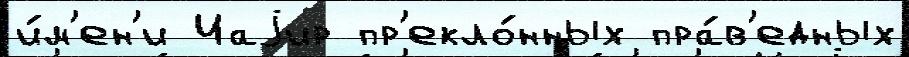
и́м'ен'и Иаjир пр'екло́нных пра́в'едных